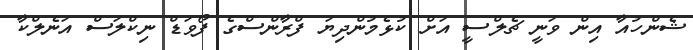
ޝެންހުއާ އިން ވަނީ ޗެލްސީ އަށް ކުޅެމުންދިޔަ ފްރާންސްގެ ފޯވަޑް ނިކްލަސް އަނެލްކާ